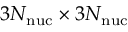
3 N _ { \mathrm { n u c } } \times 3 N _ { \mathrm { n u c } }